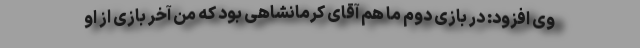
وی افزود: در بازی دوم ما هم آقای کرمانشاهی بود که من آخر بازی از او